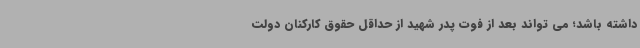
داشته باشد؛ می تواند بعد از فوت پدر شهید از حداقل حقوق کارکنان دولت